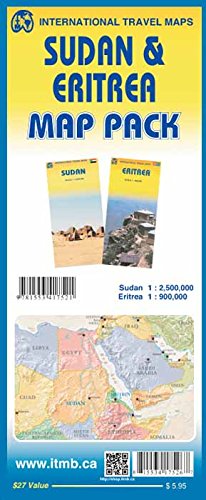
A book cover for Map Pack - Sudan & Eritrea; ITMB Publishing LTD; Travel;